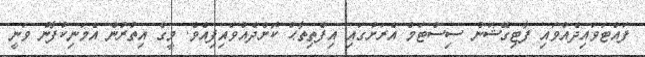
ފައްޓަވައިދެއްވައި ފާޓިގޭޝަން ސިސްޓަމް އެރަށުގައި އިފްތިތާޙް ކޮށްދެއްވައިފިއެވެ. މީގެ އިތުރުން އެމަނިކުފާނު ވަނީ